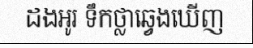
ដងអូរ ទឹកថ្លាឆ្វេងឃើញ